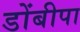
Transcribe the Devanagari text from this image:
डोंबीपा